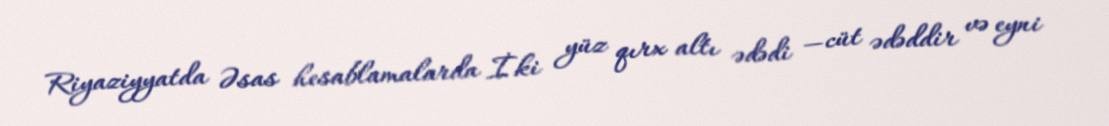
Riyaziyyatda Əsas hesablamalarda İki yüz qırx altı ədədi —cüt ədəddir və eyni